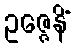
ဥဇ္ဇေနိံ